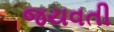
જયવતી